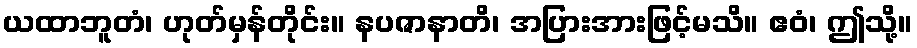
ယထာဘူတံ၊ ဟုတ်မှန်တိုင်း။ နပဇာနာတိ၊ အပြားအားဖြင့်မသိ။ ဧဝံ၊ ဤသို့။